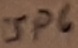
Text: JP6